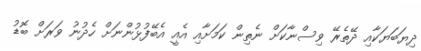
ދިޔަބަޔަކާއި ދޭތެރޭ ވިސްނާކަށް ނެތިން ކަމަށާއި އެއީ އެބޭފުޅުންނަށް ހެދުނު ވަރަށް ބޮޑު